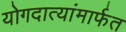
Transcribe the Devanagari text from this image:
योगदात्यांमार्फत